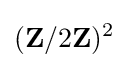
(\mathbf {Z} /2\mathbf {Z} )^{2}